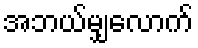
အဘယ်မျှလောက်